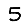
Digit: 5